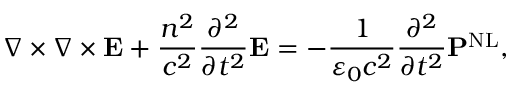
\nabla \times \nabla \times \mathbf { E } + { \frac { n ^ { 2 } } { c ^ { 2 } } } { \frac { \partial ^ { 2 } } { \partial t ^ { 2 } } } \mathbf { E } = - { \frac { 1 } { \varepsilon _ { 0 } c ^ { 2 } } } { \frac { \partial ^ { 2 } } { \partial t ^ { 2 } } } \mathbf { P } ^ { \mathrm { N L } } ,